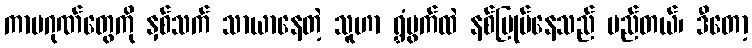
ကာမဂုဏ်တွေကို နှစ်သက် သာယာနေတဲ့ သူဟာ ရွှံဗွက်ထဲ နစ်မြုပ်နေသည် မည်တယ်၊ ဒီတော့